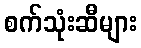
စက်သုံးဆီများ